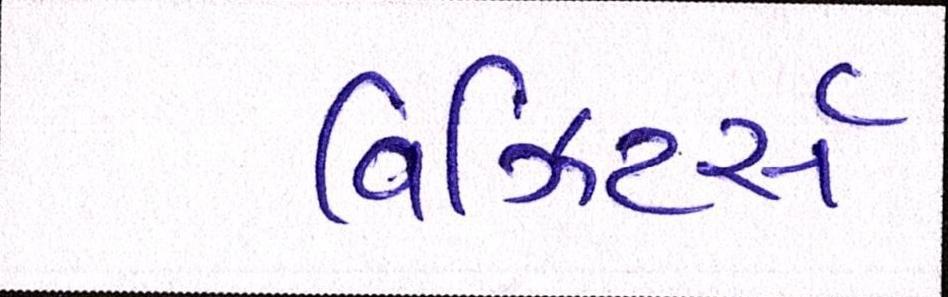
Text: વિઝિટર્સ